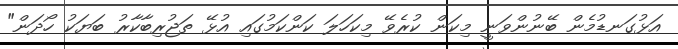
އަޅުގަނޑުމެން ބޭނުންވަނީ މިކަން ކުރެވޭ މިކަހަލަ ކަންކަމުގައި އުޅޭ ތަޖުރިބާކާރު ބަޔަކު ހޯދަން"